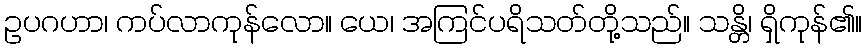
ဥပဂဟာ၊ ကပ်လာကုန်လော။ ယေ၊ အကြင်ပရိသတ်တို့သည်။ သန္တိ၊ ရှိကုန်၏။